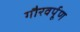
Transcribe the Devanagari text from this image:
गौरवर्पूण